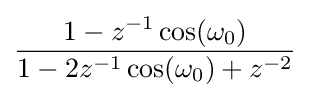
{\frac {1-z^{-1}\cos(\omega _{0})}{1-2z^{-1}\cos(\omega _{0})+z^{-2}}}